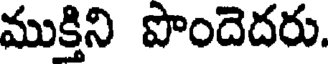
ముక్తిని పొందెదరు.